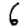
Digit: 6